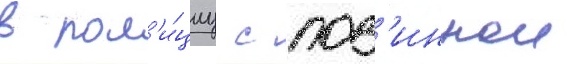
в пол'и́циу с пов'иннои